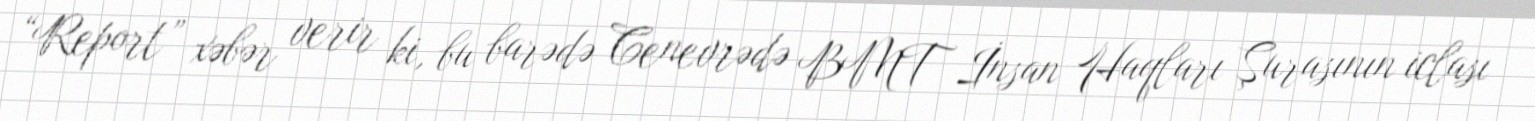
“Report” xəbər verir ki, bu barədə Cenevrədə BMT İnsan Haqları Şurasının iclası